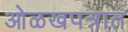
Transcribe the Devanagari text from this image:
ओळखपत्रात